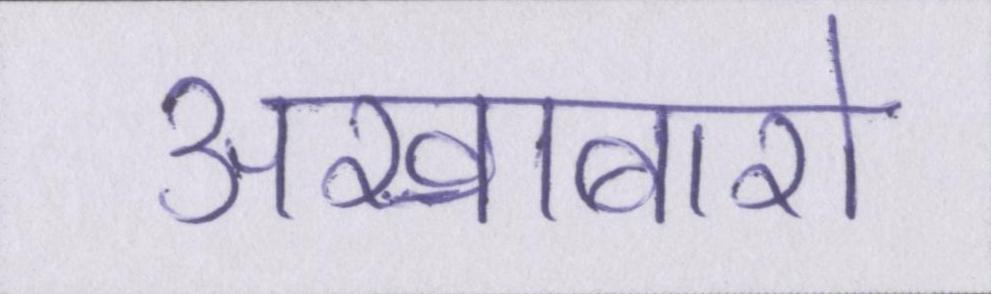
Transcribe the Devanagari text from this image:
अखाबारो